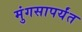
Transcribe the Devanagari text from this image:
मुंगसापर्यंत